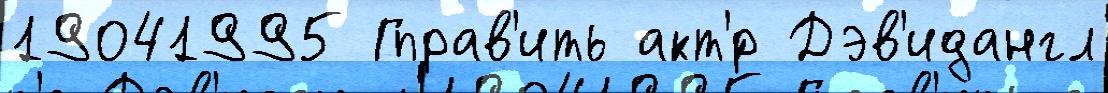
19041995 Гправ'ить акт'́р Дэв'идангл